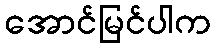
အောင်မြင်ပါက